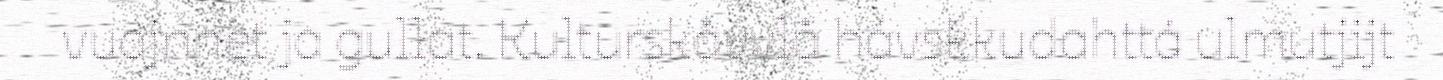
vuojnnet ja gullat. Kulturskåvvlå hávskkudahttá ulmutjijt